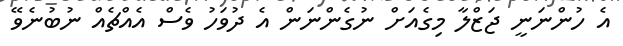
އެ ހުންނަނީ ޖަޒްލާ މިގެއަށް ނުގެންނަން އެ ދުވަހު ވެސް އެއްޗެއް ނުބުނެވޭ